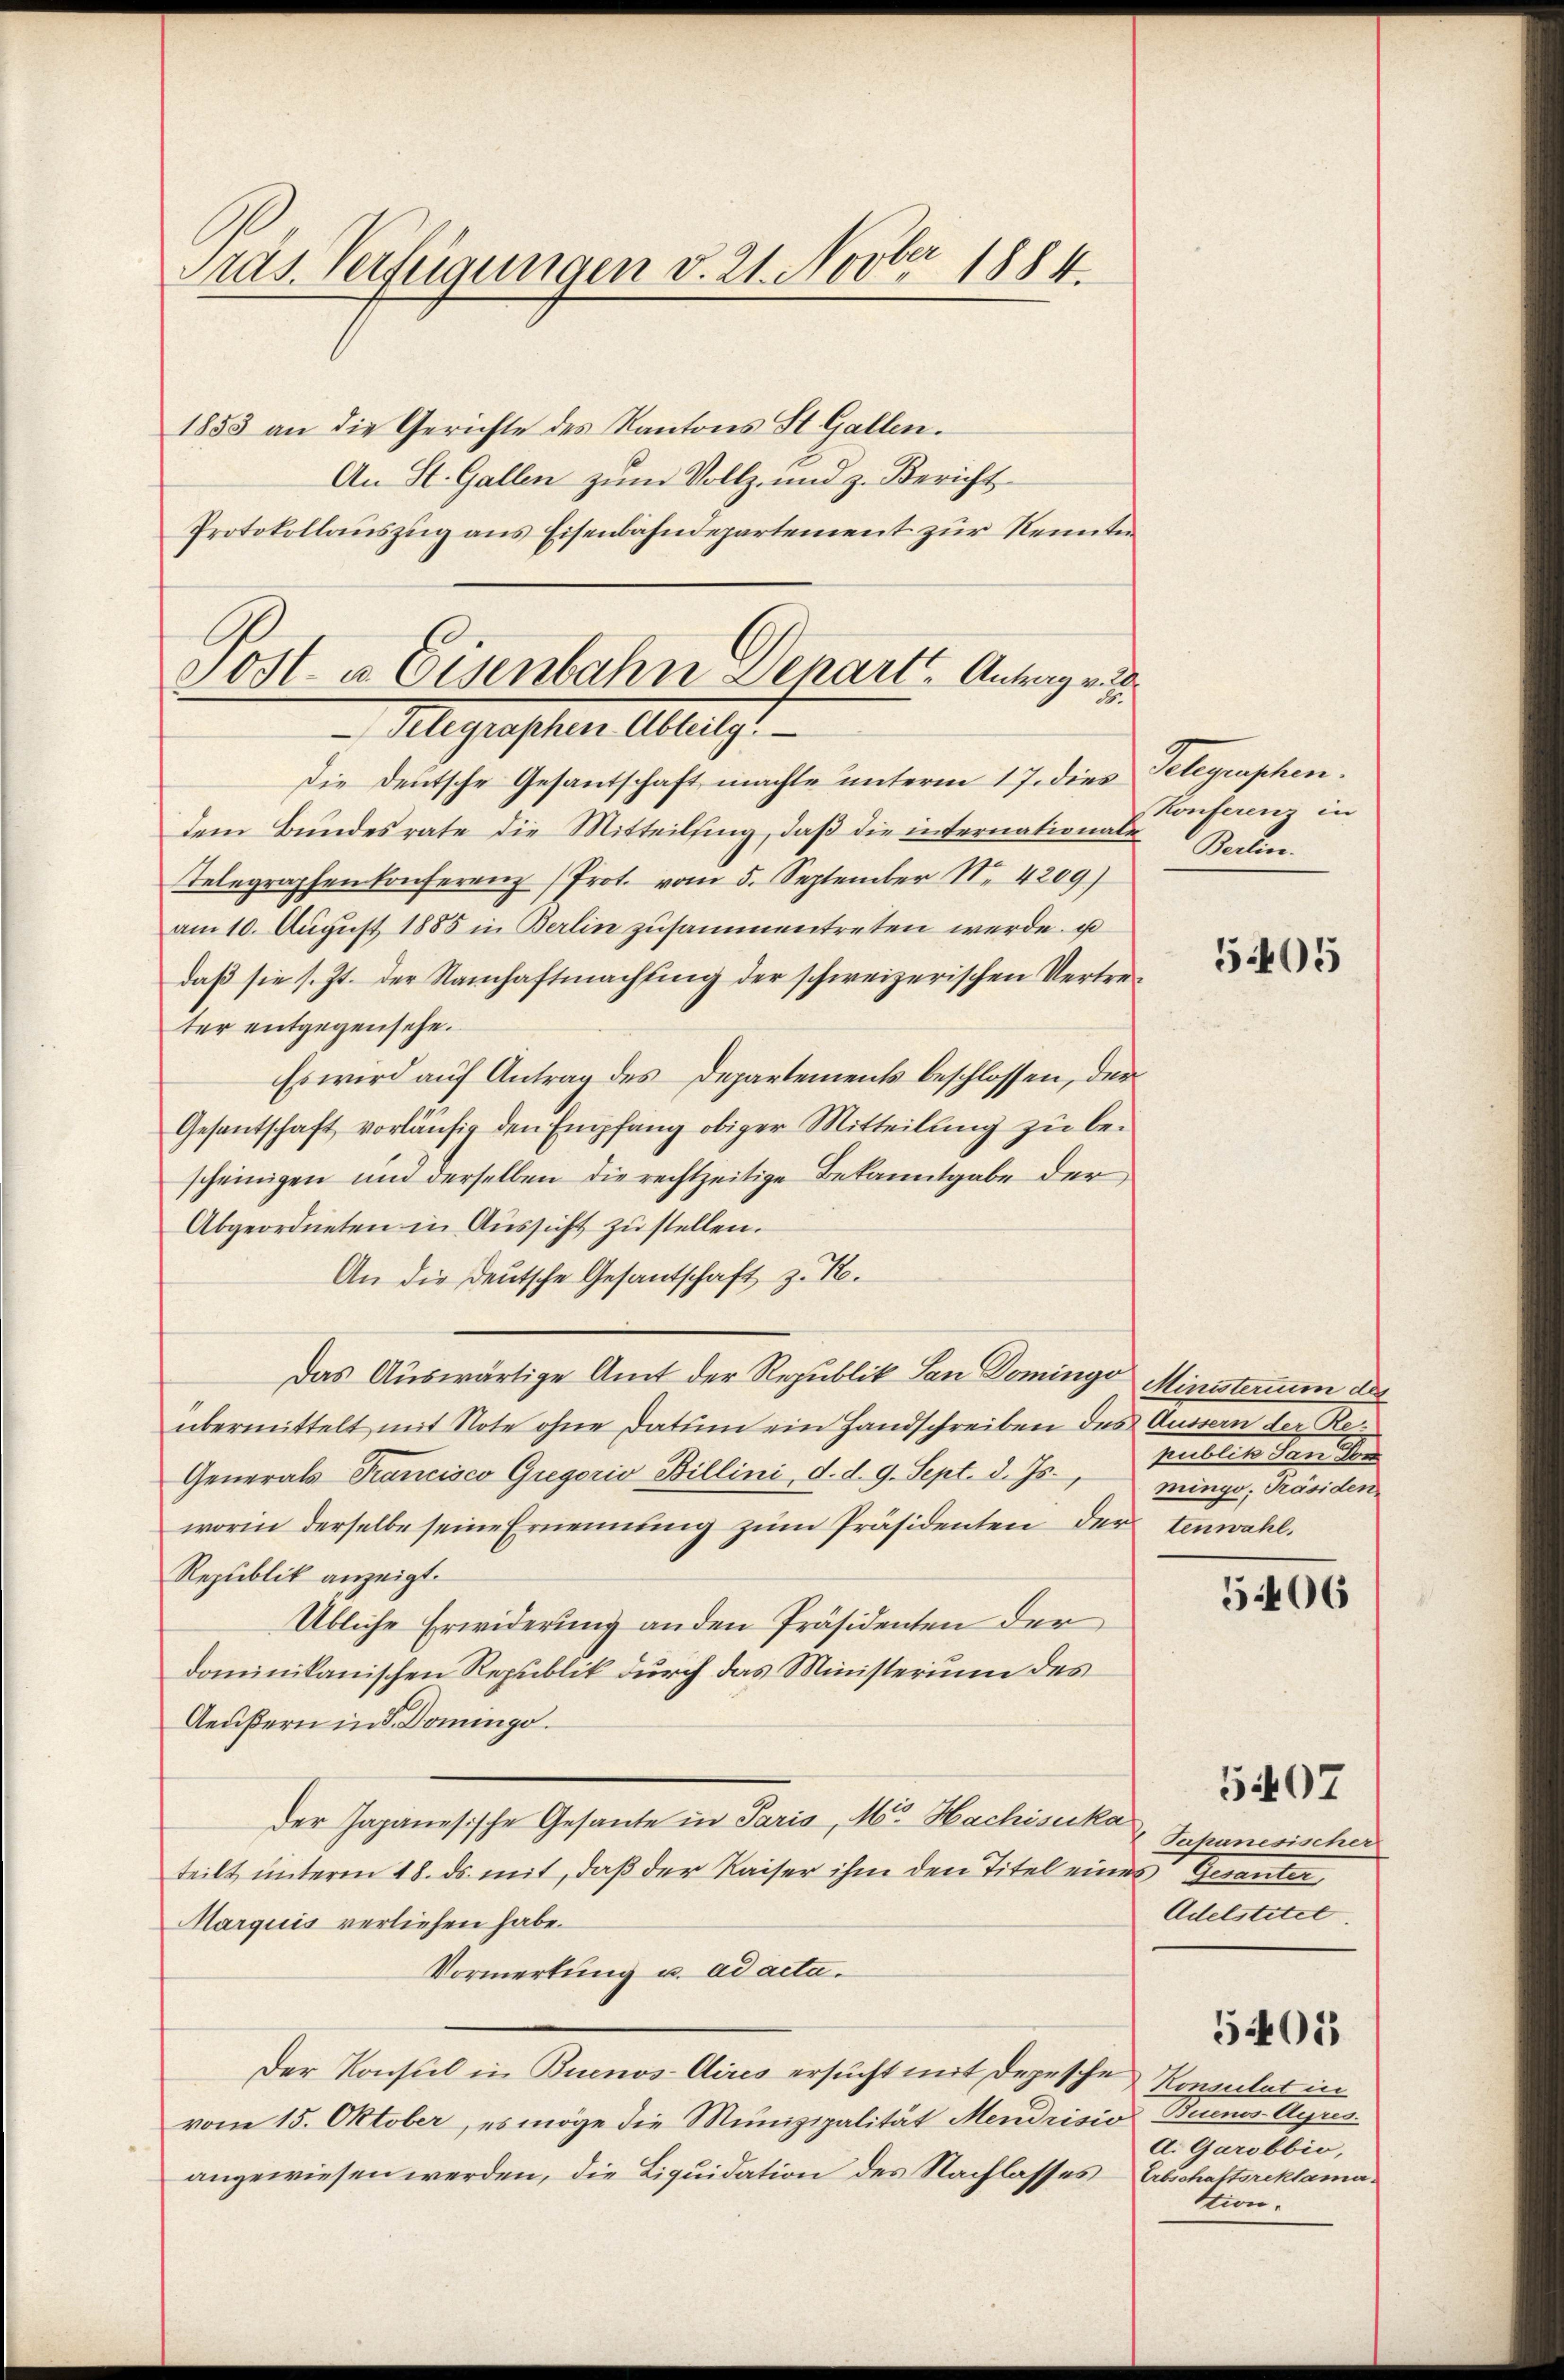
Präs. Verfügungen v. 21. Novber 1884.

1853 an die Gerichte des Kantons St. Gallen.
An St. Gallen zum Vollz- und z. Bericht
Protokollauszug aus Eisenbahndepartement zur Kennten

Sost- u. Eisenbahn Departe Antrag v.
Alegraschen Alles.

Die Deutsche Gesantschaft machte unterm 17. dies Telegraphen.
dem Bundesrate die Mitteilsing, daß die internationale
Telegraphenkonferenz (Prot. vom 5. September N. 4269)
am 10. August 1885 in Berlin zusammentreten werde.
daß sie s. Zt. der Namhaftmachung der schweizerischen Vertreter entgegensehe.
Es wird auf Antrag des Departements beschlossen, der
Gesantschaft vorläŭfig den Empfang obiger Mitteilung zu bescheinigen und derselben die rechtzeitige Bekanntgabe der
Abgeordneten in Aussicht zu stellen.
An die deutsche Gesantschaft z. R.
Das Auswärtige Amt der Republik an Dominge Ministerium des
übermittelt mit Note ohne Datum ein Handschreiben des Äussern der B
Generals-Trancisco Gregoris Billini d. d. 9. Sept. d. Js.
worin derselbe seine Ernennung zum Präsidenten der tenwahl,
Republik anzeigt.
Übliche Erwiderung an den Präsidenten der
dominikanischen Republik durch das Ministerium des
Aeußern in S. Domingo.
der Japanesische Gesante in Paris, Mr. Hachisuka
teilt unterm 28. ds. mit, daß der Kaiser ihm den Titel eines Gesanter
Marquis verliehen habe.
Vormerkung u. ad acta.
Der Konsul in Buenos-Aires ersucht mit Depesche Konsulat in
vom 15. Oktober, es möge die Munizipalität Mendrisio Buenos Ayres.
angewiesen werden, die Liquidation des Nachlasses Erbschaftsreklama¬

Konferenz in
Berlin.

ee eine einen eine eine
mingo; Präsiden

505

5406

5407
Japanesischer
Adelstitel.

5405

d. Garobbio,
Stion.